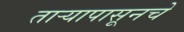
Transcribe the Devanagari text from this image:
ताऱ्यापासूनचे